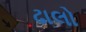
ઢાલો